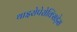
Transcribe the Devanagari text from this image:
थाइरोपेरोक्सिड़ेस